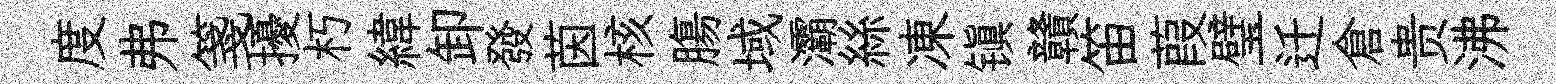
度弗箋擾朽緯卸發茵核膓域灞絲凍镇贛笛葭璧迁倉贵沸